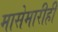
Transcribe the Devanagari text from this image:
मासेमारीही